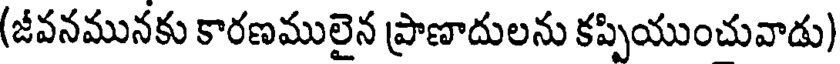
(జీవనమునకు కారణములైన ప్రాణాదులను కప్పియుంచువాడు)